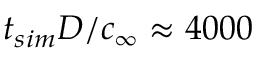
t _ { s i m } D / c _ { \infty } \approx 4 0 0 0